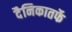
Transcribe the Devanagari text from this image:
दैनिकातर्फे